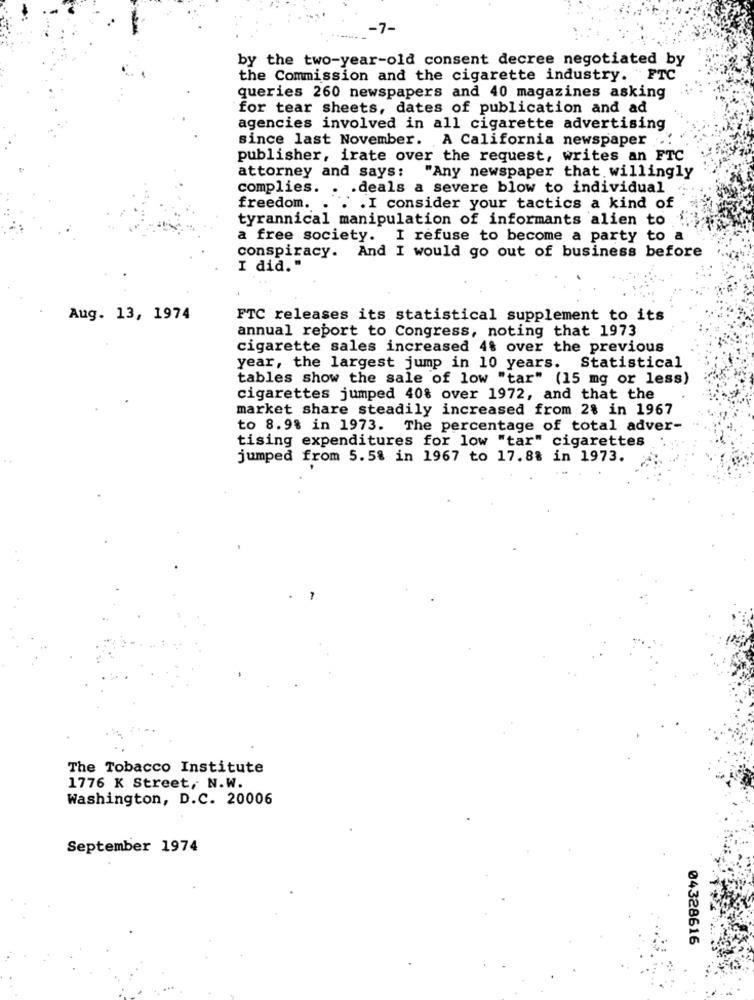
-7-
by the two-year-old consent decree negotiated by
the Commission and the cigarette industry. FTC
queries 260 newspapers and 40 magazines asking
for tear sheets, dates of publication and ad
agencies involved in all cigarette advertising
since last November. A California newspaper
publisher, irate over the request, writes an FTC
"Any newspaper that willingly
attorney and says:
complies. . . deals a severe blow to individual
freedom.
. . I consider your tactics a kind of
tyrannical manipulation of informants alien to
a free society. I refuse to become a party to a
conspiracy. And I would go out of business before
I did. "
Aug. 13, 1974
FTC releases its statistical supplement to its
annual report to Congress, noting that 1973
cigarette sales increased 4% over the previous
year, the largest jump in 10 years. Statistical
tables show the sale of low "tar" (15 mg or less)
cigarettes jumped 40% over 1972, and that the
market share steadily increased from 2% in 1967
to 8.9% in 1973. The percentage of total adver-
tising expenditures for low "tar" cigarettes
jumped from 5.5% in 1967 to 17.88 in 1973.
The Tobacco Institute
1776 K Street, N.W.
Washington, D.C. 20006
September 1974
04328616